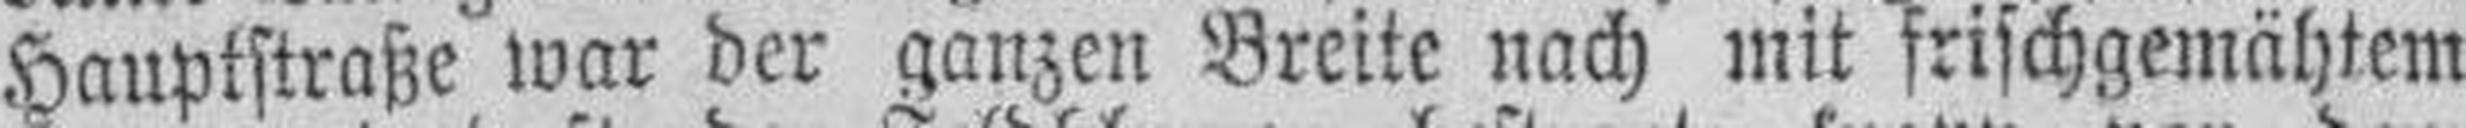
Hauptstraße war der ganzen Breite nach mit frischgemähtem